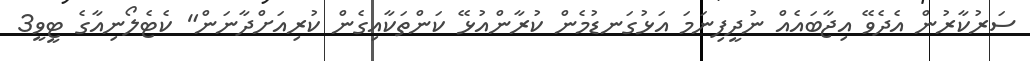
ސަރުކާރުން އެދެވޭ އިޖާބައެއް ނުދީފިނަމަ އަޅުގަނޑުމެން ކުރާންއުޅޭ ކަންތަކާއިގެން ކުރިއަށްދާނަން" ކެޓެލޯނިއާގެ ޓީވީ3